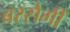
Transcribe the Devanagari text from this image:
बरसेगी